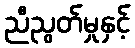
ညီညွတ်မှုနှင့်